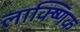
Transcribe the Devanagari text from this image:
लाक्ष्णिक